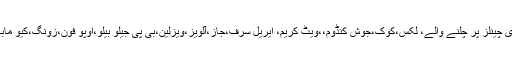
پیمرا نے 680سے زائد شکایات موصول پر ہونے مختلف ٹی وی چینلز پر چلنے والے، لکس،کوک،جوش کنڈوم،،ویٹ کریم، ایریل سرف،جاز،آلویز،ویزلین،بی پی جیلو بیلو،اوپو فون،زونگ،کیو مابائل،ایگلو،سپرائیٹ اور قمر چائے کمرشلز پر پابندی عائد کردی۔